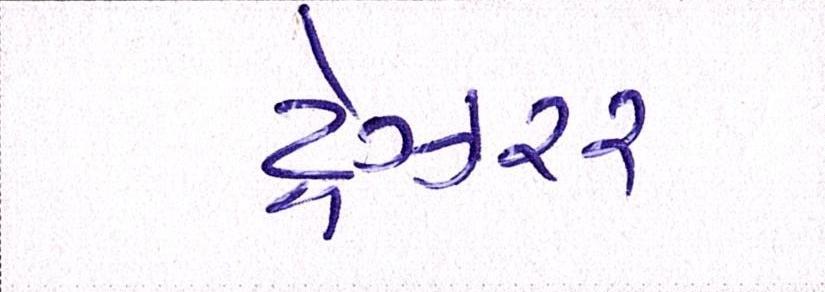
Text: ટ્રેઝરર